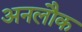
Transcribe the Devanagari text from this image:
अनलौक